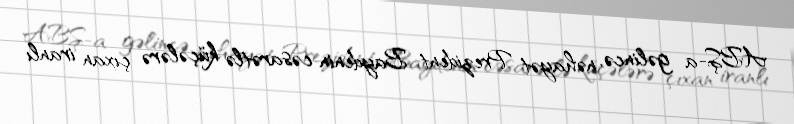
ABŞ-a gəlincə, nəhayət Prezident Baydenin cəsarətlə küçələrə çıxan iranlı